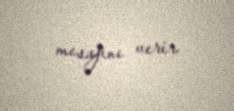
mesajını verir.